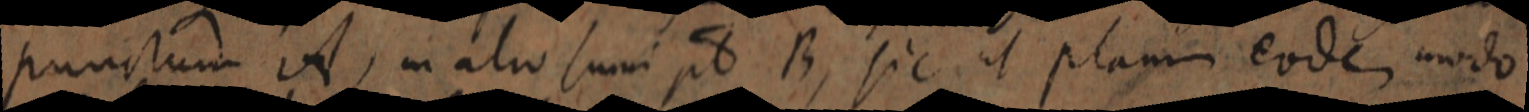
punctum A, in alio sumi p 8 B, sic ut planum eodem modo